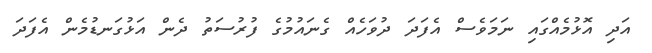
އަދި އޮޅުމެއްގައި ނަމަވެސް އެފަދަ ދުވަހެއް ގެނައުމުގެ ފުރުސަތު ދެން އަޅުގަނޑުމެން އެފަދަ